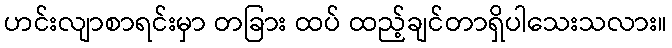
ဟင်းလျာစာရင်းမှာ တခြား ထပ် ထည့်ချင်တာရှိပါသေးသလား။